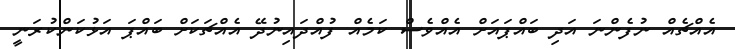
އެއްޗެއް ނުފެންނަ އަދި ބައްޕައަށް އެއްވެސް ކަމެއް ފުއްދައިނުދޭ އެއްޗަކަށް ބައްޕަ އަޅުކަންކުރަނީ